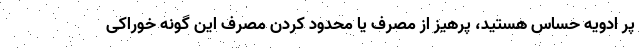
پر ادویه حساس هستید، پرهیز از مصرف یا محدود کردن مصرف این گونه خوراکی